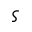
\varsigma